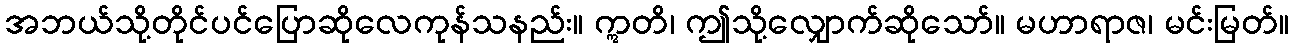
အဘယ်သို့တိုင်ပင်ပြောဆိုလေကုန်သနည်း။ ဣတိ၊ ဤသို့လျှောက်ဆိုသော်။ မဟာရာဇ၊ မင်းမြတ်။